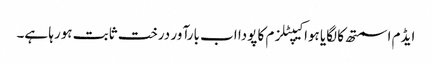
ایڈم اسمتھ کا لگایا ہوا کیپٹلزم کا پودا اب بارآور درخت ثابت ہورہا ہے۔